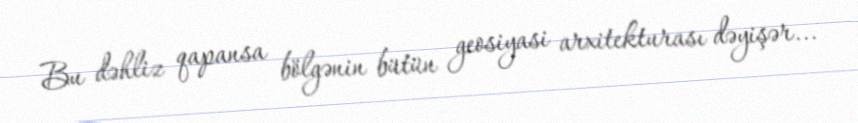
Bu dəhliz qapansa bölgənin bütün geosiyasi arxitekturası dəyişər...